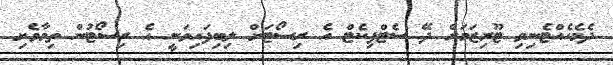
ދެމެހެއްޓެނިވި ޓޫރިޒަމަށް ދޭ ސެޓްފިކެޓް އެ ރިސޯޓަށް ލިބިފައިވަނީ އެ ރިސޯޓުން ތިމާވެށި